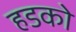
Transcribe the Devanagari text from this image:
हडको